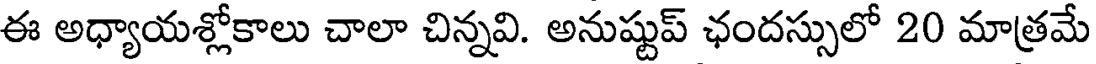
ఈ అధ్యాయశ్లోకాలు చాలా చిన్నవి. అనుష్టుప్ ఛందస్సులో 20 మాత్రమే